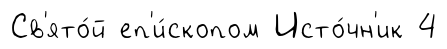
Св'ято́й еп'и́скопом Исто́чн'ик 4